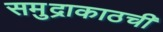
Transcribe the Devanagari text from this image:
समुद्राकाठची